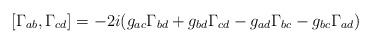
LaTeX: \begin{align*}[\Gamma_{ab},\Gamma_{cd}]=-2i (g_{ac}\Gamma_{bd}+g_{bd}\Gamma_{cd}-g_{ad}\Gamma_{bc}-g_{bc}\Gamma_{ad})\end{align*}